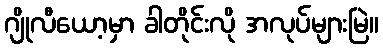
ဂျိုလီယော့မှာ ခါတိုင်းလို အလုပ်များမြဲ။